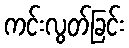
ကင်းလွတ်ခြင်း